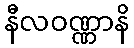
နီလဝဏ္ဏာနိ